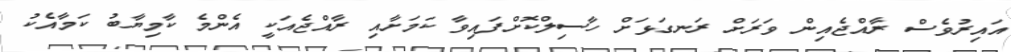
އައިރުވެސް ރާއްޖެއިން ވަރަށް ރަނގަޅަށް ހާސިލްކޮށްފައިވާ ކަމަށާއި ރާއްޖެއަކީ އެންމެ ކާމިޔާބު ކަމާއެކު